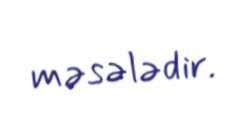
məsələdir.